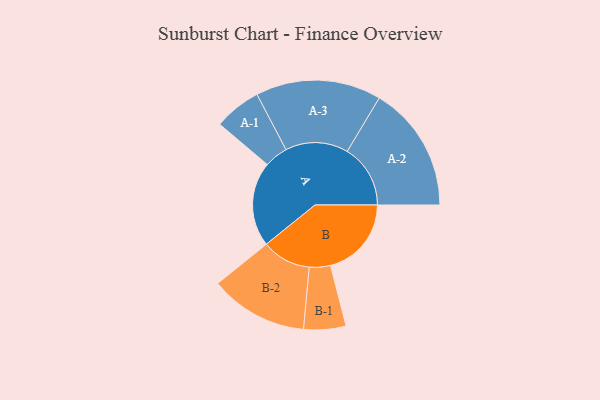
{"axis": {"x": "Segment", "y": "Value"}, "legend": ["", "A", "B"], "data": [{"x": "A", "y": 402, "type": ""}, {"x": "B", "y": 384, "type": ""}, {"x": "A-1", "y": 112, "type": "A"}, {"x": "A-2", "y": 300, "type": "A"}, {"x": "A-3", "y": 298, "type": "A"}, {"x": "B-1", "y": 100, "type": "B"}, {"x": "B-2", "y": 233, "type": "B"}]}